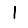
Digit: 1